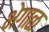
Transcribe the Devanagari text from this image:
भेगाळ